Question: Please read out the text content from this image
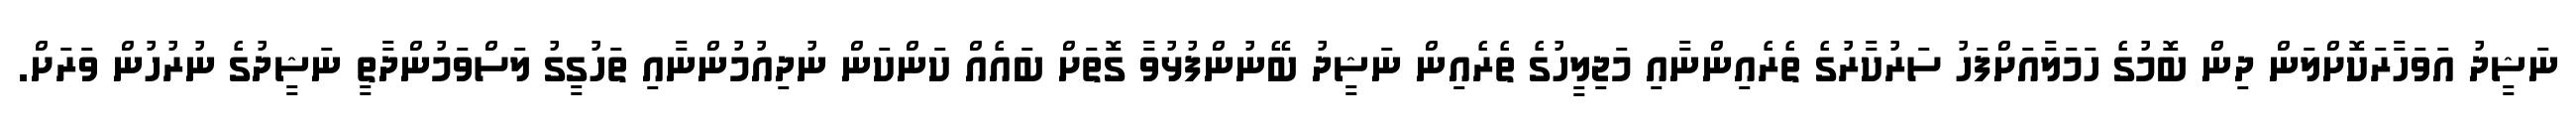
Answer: ނަޝީދު އަވަހާރަކޮށްލަން ދިން ބޮމުގެ ހަމަލާއަށްފަހު ސަރުކާރުގެ ތެރެއިންނާއި މަޖިލީހުގެ ތެރެއިން ނަޝީދު ބޭނުންފުޅުވާ ގޮތަށް ބައެއް ކަންކަން ނުދިއުމުންނާއި ތަހުގީގު ލަސްވަމުންދާތީ ނަޝީދުގެ ނުރުހުން ވަރަށް.